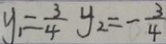
y _ { 1 } = \frac { 3 } { 4 } y _ { 2 } = - \frac { 3 } { 4 }